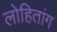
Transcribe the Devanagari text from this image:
लोहितांग